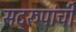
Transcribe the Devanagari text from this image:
सद्‌रुपांची